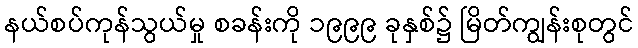
နယ်စပ်ကုန်သွယ်မှု စခန်းကို ၁၉၉၉ ခုနှစ်၌ မြိတ်ကျွန်းစုတွင်